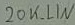
Text: 20K_LIN